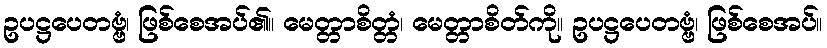
ဥပဋ္ဌပေတဗ္ဗံ၊ ဖြစ်စေအပ်၏။ မေတ္တာစိတ္တံ၊ မေတ္တာစိတ်ကို။ ဥပဋ္ဌပေတဗ္ဗံ၊ ဖြစ်စေအပ်။